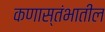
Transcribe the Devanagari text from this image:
कणास्तंभातील